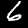
Label: 6